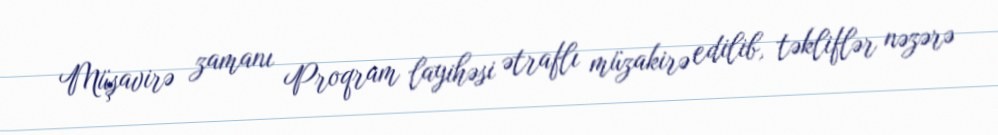
Müşavirə zamanı Proqram layihəsi ətraflı müzakirə edilib, təkliflər nəzərə